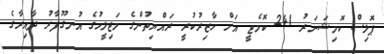
ޕޮލިސް ކޮމިޝަނަރު 241 ކޮމެޓީ އަށް ހާޒިރުކުރީ ރައްޔިތުންގެ މަޖިލީހުގެ އުނގޫފާރު ދާއިރާގެ